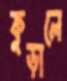
কুড়ালে